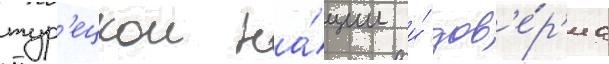
тур'ецкои на́ции и́ дов'е́р'иа